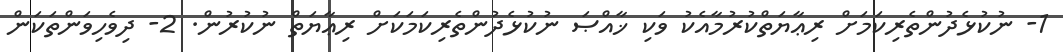
1- ނުކުޅެދުންތެރިކަމަށް ރިޢާޔަތްކުރުމާއެކު ވަކި ޚާއްޞަ ނުކުޅެދުންތެރިކަމަކަށް ރިޢާޔަތް ނުކުރުން. 2- ދިވެހިވަންތަކަން